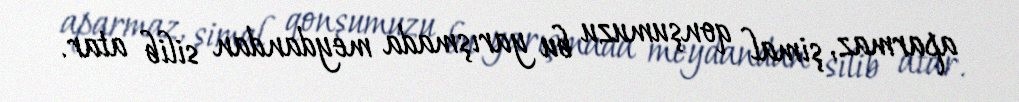
aparmaz, şimal qonşumuzu bu yarışmada meydandan silib atar.